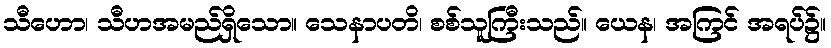
သီဟော၊ သီဟအမည်ရှိသော။ သေနာပတိ၊ စစ်သူကြီးသည်။ ယေန၊ အကြင် အရပ်၌။